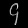
Digit: ၄